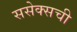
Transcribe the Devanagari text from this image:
ससेक्सची